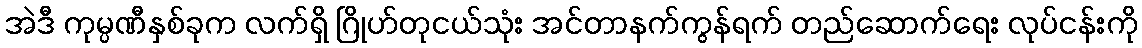
အဲဒီ ကုမ္ပဏီနှစ်ခုက လက်ရှိ ဂြိုဟ်တုငယ်သုံး အင်တာနက်ကွန်ရက် တည်ဆောက်ရေး လုပ်ငန်းကို